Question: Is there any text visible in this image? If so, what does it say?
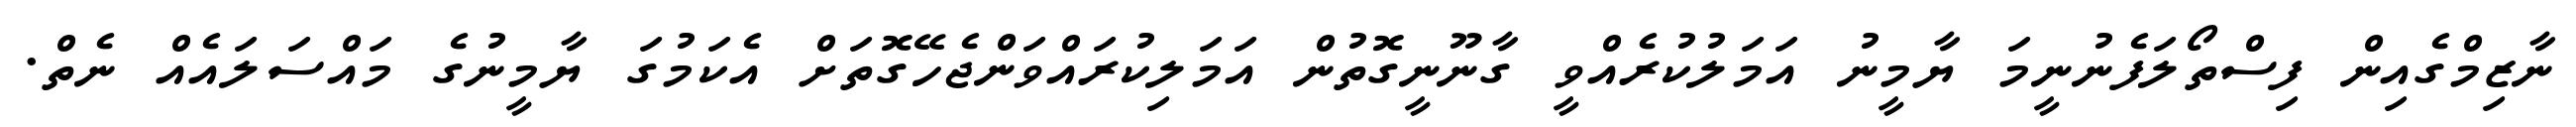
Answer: ނާޒިމްގެއިން ފިސްތޯލަފެނުނީމަ ޔާމީނު އަމަލުކުރެއްވީ ގާނޫނީގޮތުން އަމަލިކުރައްވަންޖެހޭގޮތަށް އެކަމުގަ ޔާމީނުގެ މައްސަލައެއް ނެތް.